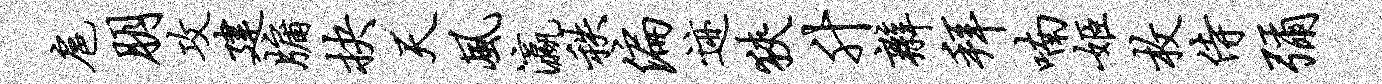
扈朋攻建牖抉天风瀛秩偏迹狭升辫拜喃姬枚侍弥